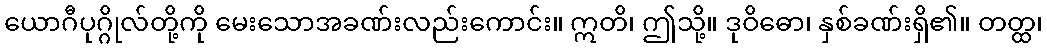
ယောဂီပုဂ္ဂိုလ်တို့ကို မေးသောအခဏ်းလည်းကောင်း။ ဣတိ၊ ဤသို့။ ဒုဝိဓော၊ နှစ်ခဏ်းရှိ၏။ တတ္ထ၊